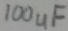
Text: 100uF